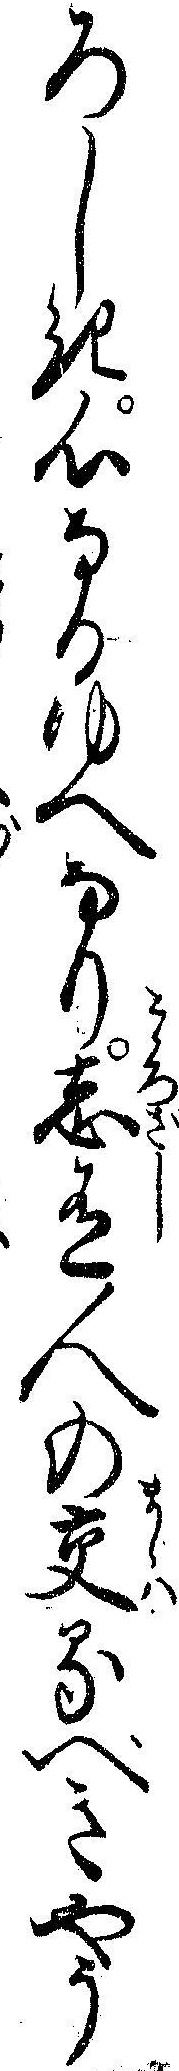
ろしき心なるゆへなり志有人の交るへきやう